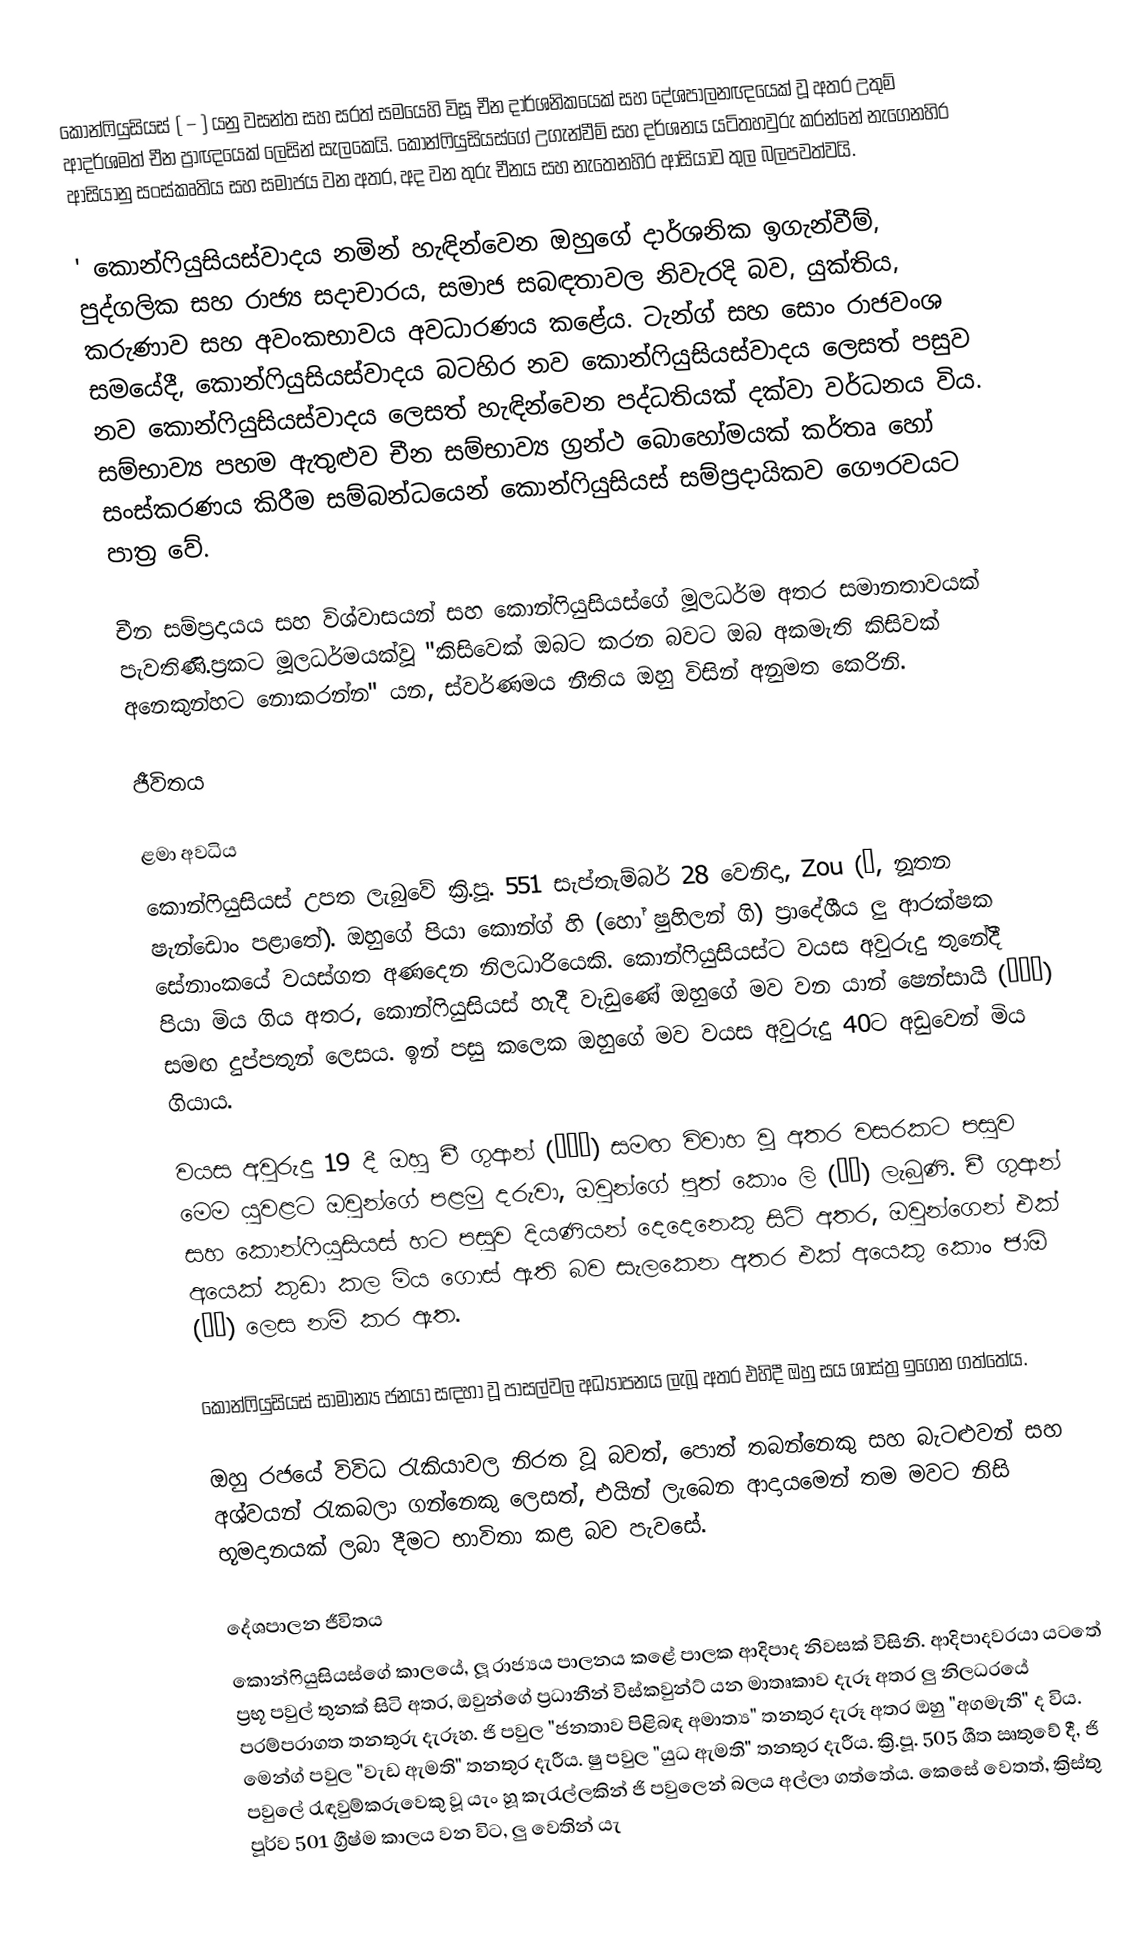
කොන්ෆියුසියස්  ( – ) යනු  වසන්ත සහ සරත් සමයෙහි  විසූ චීන දාර්ශනිකයෙක් සහ දේශපාලනඥයෙක් වූ අතර උතුම් ආදර්ශමත් චීන ප්‍රාඥයෙක් ලෙසින් සැලකෙයි. කොන්ෆියුසියස්ගේ උගැන්වීම් සහ දර්ශනය යටිතහවුරු කරන්නේ නැගෙනහිර ආසියානු සංස්කෘතිය සහ සමාජය වන අතර, අද වන තුරු චීනය සහ නැතෙනහිර ආසියාව තුල බලපවත්වයි.

' කොන්ෆියුසියස්වාදය නමින් හැඳින්වෙන ඔහුගේ දාර්ශනික ඉගැන්වීම්, පුද්ගලික සහ රාජ්‍ය සදාචාරය, සමාජ සබඳතාවල නිවැරදි බව, යුක්තිය, කරුණාව සහ අවංකභාවය අවධාරණය කළේය. ටැන්ග් සහ සොං රාජවංශ සමයේදී, කොන්ෆියුසියස්වාදය බටහිර නව කොන්ෆියුසියස්වාදය ලෙසත් පසුව නව කොන්ෆියුසියස්වාදය ලෙසත් හැඳින්වෙන පද්ධතියක් දක්වා වර්ධනය විය. සම්භාව්‍ය පහම ඇතුළුව චීන සම්භාව්‍ය ග්‍රන්ථ බොහෝමයක් කර්තෘ හෝ සංස්කරණය කිරීම සම්බන්ධයෙන් කොන්ෆියුසියස් සම්ප්‍රදායිකව ගෞරවයට පාත්‍ර වේ.

චීන සම්ප්‍රදායය සහ විශ්වාසයන් සහ කොන්ෆියුසියස්ගේ මූලධර්ම අතර සමානතාවයක් පැවතිණි.ප්‍රකට මූලධර්මයක්වූ "කිසිවෙක් ඔබට කරන බවට ඔබ අකමැති කිසිවක් අනෙකුන්හට නොකරන්න" යන, ස්වර්ණමය නීතිය ඔහු විසින් අනුමත කෙරිනි.

ජීවිතය

ළමා අවධිය
කොන්ෆියුසියස් උපත ලැබුවේ ක්‍රි.පූ. 551 සැප්තැම්බර් 28 වෙනිදා, Zou (鄒, නූතන ෂැන්ඩොං පළාතේ). ඔහුගේ පියා කොන්ග් හි (හෝ ෂුහිලන් ගි) ප්‍රාදේශීය ලු ආරක්ෂක සේනාංකයේ වයස්ගත අණදෙන නිලධාරියෙකි. කොන්ෆියුසියස්ට වයස අවුරුදු තුනේදී පියා මිය ගිය අතර, කොන්ෆියුසියස් හැදී වැඩුණේ ඔහුගේ මව වන යාන් ෂෙන්සායි (顏徵在) සමඟ දුප්පතුන් ලෙසය. ඉන් පසු කලෙක ඔහුගේ මව වයස අවුරුදු 40ට අඩුවෙන් මිය ගියාය.

වයස අවුරුදු 19 දී ඔහු චී ගුආන් (亓官氏) සමඟ විවාහ වූ අතර වසරකට පසුව මෙම යුවළට ඔවුන්ගේ පළමු දරුවා, ඔවුන්ගේ පුත් කොං ලි (孔鯉) ලැබුණි. චී ගුආන් සහ කොන්ෆියුසියස් හට පසුව දියණියන් දෙදෙනෙකු සිටි අතර, ඔවුන්ගෙන් එක් අයෙක් කුඩා කල මිය ගොස් ඇති බව සැලකෙන අතර එක් අයෙකු කොං ජාඕ (孔姣) ලෙස නම් කර ඇත.

කොන්ෆියුසියස් සාමාන්‍ය ජනයා සඳහා වූ පාසල්වල අධ්‍යාපනය ලැබූ අතර එහිදී ඔහු සය ශාස්ත්‍ර ඉගෙන ගත්තේය.

ඔහු රජයේ විවිධ රැකියාවල නිරත වූ බවත්, පොත් තබන්නෙකු සහ බැටළුවන් සහ අශ්වයන් රැකබලා ගන්නෙකු ලෙසත්, එයින් ලැබෙන ආදායමෙන් තම මවට නිසි භූමදානයක් ලබා දීමට භාවිතා කළ බව පැවසේ.

දේශපාලන ජීවිතය
කොන්ෆියුසියස්ගේ කාලයේ, ලූ රාජ්‍යය පාලනය කළේ පාලක ආදිපාද නිවසක් විසිනි. ආදිපාදවරයා යටතේ ප්‍රභූ පවුල් තුනක් සිටි අතර, ඔවුන්ගේ ප්‍රධානීන් විස්කවුන්ට් යන මාතෘකාව දැරූ අතර ලු නිලධරයේ පරම්පරාගත තනතුරු දැරූහ. ජි පවුල "ජනතාව පිළිබඳ අමාත්‍ය" තනතුර දැරූ අතර ඔහු "අගමැති" ද විය. මෙන්ග් පවුල "වැඩ ඇමති" තනතුර දැරීය. ෂු පවුල "යුධ ඇමති" තනතුර දැරීය. ක්‍රි.පූ. 505 ශීත ඍතුවේ දී, ජි පවුලේ රැඳවුම්කරුවෙකු වූ යැං හූ කැරැල්ලකින් ජි පවුලෙන් බලය අල්ලා ගත්තේය. කෙසේ වෙතත්, ක්‍රිස්තු පූර්ව 501 ග්‍රීෂ්ම කාලය වන විට, ලු වෙතින් යැ